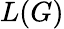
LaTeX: L(G)